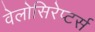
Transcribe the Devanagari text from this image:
वेलोसिरेप्‍टर्स